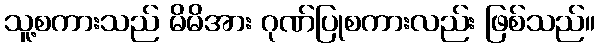
သူ့စကားသည် မိမိအား ဂုဏ်ပြုစကားလည်း ဖြစ်သည်။